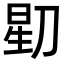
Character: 𬀶